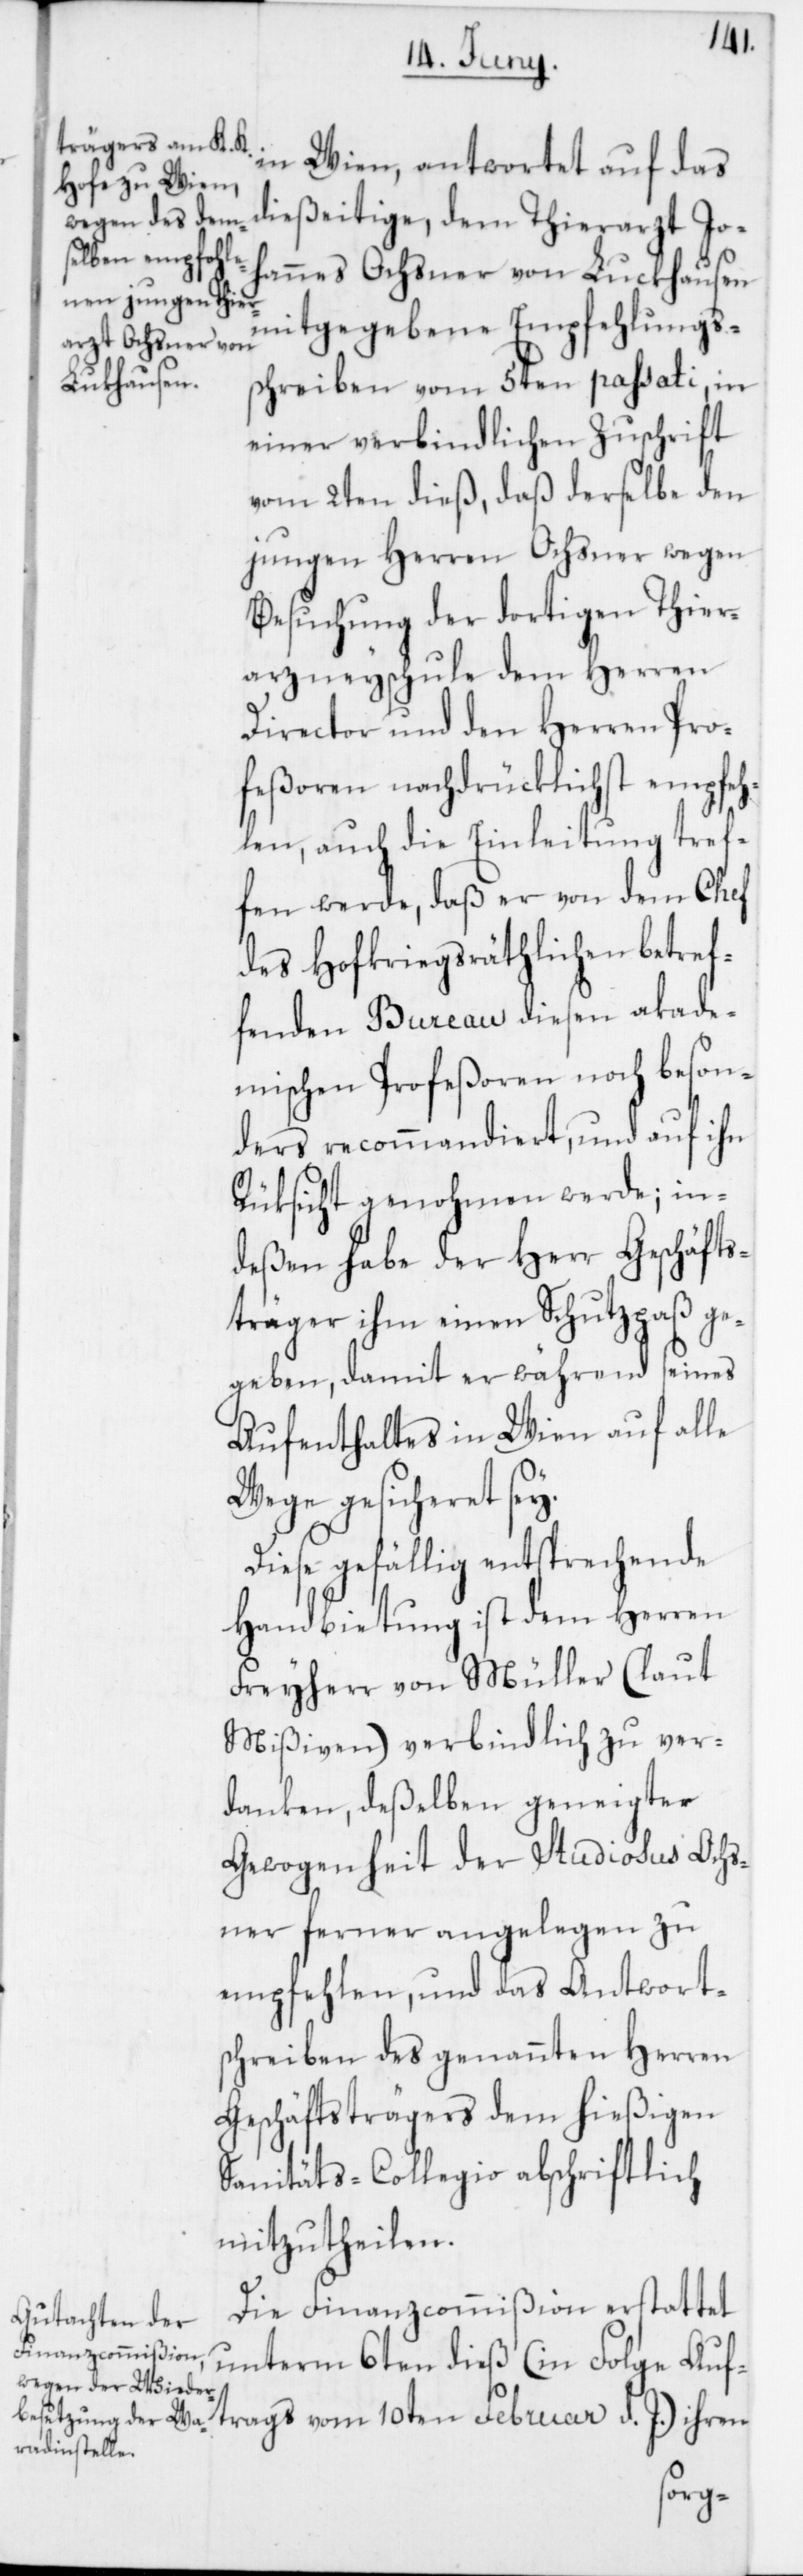
in Wien, antwortet auf das
dießeitige, dem Thierarzt Joh¬
annes Ochsner von Luckhausen
mitgegebene Empfehlungs¬
schreiben vom 5ten passati, in
einer verbindlichen Zuschrift
vom 2ten dieß, daß derselbe den
jungen Herren Ochsner wegen
Besuchung der dortigen Thier¬
arzneyschule dem Herren
Director und den Herren Pro¬
feßoren nachdrücklichst empfeh¬
len, auch die Einleitung tref¬
fen werde, daß er von dem Chef
des Hofkriegsräthlichen betref¬
fenden Bureau diesen akade¬
mischen Profeßoren noch beson¬
ders recommandiert und auf ihn
Rüksicht genohmen werde; in¬
deßen habe der Herr Geschäfts¬
träger ihm einen Schutzpaß ge¬
geben, damit er während seines
Aufenthaltes in Wien auf alle
Wege gesicheret sey.
Diese gefällig entsprechende
Handbietung ist dem Herren
Freyherr von Müller (laut
Mißiven) verbindlich zu ver¬
danken, deßelben geneigter
Gewogenheit der Studiosus Ochs¬
ner ferner angelegen zu
empfehlen, und das Antwort¬
schreiben des genannten Herren
Geschäftsträgers dem hießigen
Sanitäts-Collegio abschriftlich
mitzutheilen.
Die Finanzcommißion erstattet
unterm 6ten dieß (in Folge Auf¬
trags vom 10ten Februar d. J.) ihren